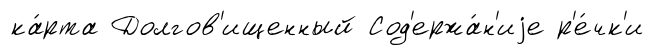
ка́рта Долгов'ищенный Сод'ержа́н'иjе р'е́чк'и